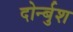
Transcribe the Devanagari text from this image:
दोर्न्बुश